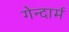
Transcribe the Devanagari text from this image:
गेन्दार्म